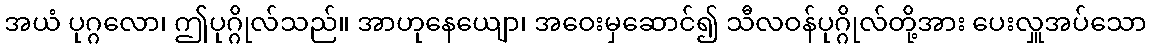
အယံ ပုဂ္ဂလော၊ ဤပုဂ္ဂိုလ်သည်။ အာဟုနေယျော၊ အဝေးမှဆောင်၍ သီလဝန်ပုဂ္ဂိုလ်တို့အား ပေးလှူအပ်သော